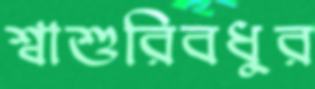
শ্বাশুরিবধুর